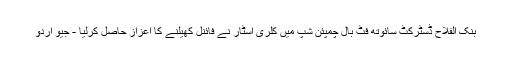
بنک الفلاح ڈسٹرکٹ سائوتھ فٹ بال چمپئن شپ میں کلری اسٹار نے فائنل کھیلنے کا اعزاز حاصل کرلیا - جیو اردو